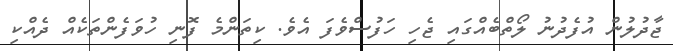
ޖާދުލުން އުފެދުނު ލޯތްބެއްގައި ޖެހި ހަފުސްވެފަ އެވެ. ކިތަންމެ ފޮނި ހުވަފެންތަކެއް ދެއްކި